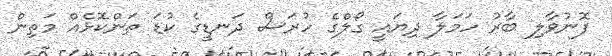
ފޮނުވާލި ބާރު ހަމަލާ ދިޔައީ ގޯލްގެ ހުރަސް ދަނޑީގެ ކުޑަ ތަންކޮޅެއް މަތިން